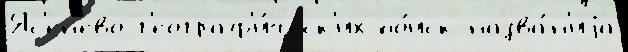
Яс'ен'ево г'еограф'и́ческ'их по́иск назва́н'иjа